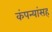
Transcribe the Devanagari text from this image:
कंपन्यांसह